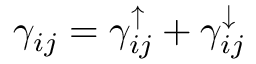
\gamma _ { i j } = \gamma _ { i j } ^ { \uparrow } + \gamma _ { i j } ^ { \downarrow }